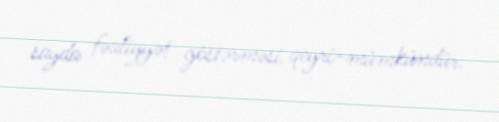
sayda fəaliyyət göstərməsi qeyri-mümkündür.